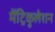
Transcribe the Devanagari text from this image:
मेंट्रिकुलेशन